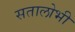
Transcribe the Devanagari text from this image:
सतालोभी